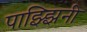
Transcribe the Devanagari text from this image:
पाझ्झिनी